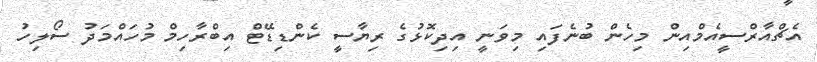
އެޗްއާރްސީއެމްއިން މިހެން ބުނެފައި މިވަނީ އިދިކޮޅުގެ ރިޔާސީ ކެންޑިޑޭޓް އިބްރާހިމް މުހައްމަދު ސޯލިހު